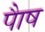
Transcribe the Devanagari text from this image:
पाैष